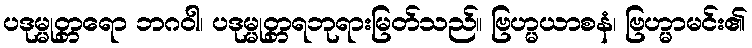
ပဒုမ္မုတ္တရော ဘဂဝါ၊ ပဒုမ္မုတ္တရဘုရားမြတ်သည်။ ဗြဟ္မယာစနံ၊ ဗြဟ္မာမင်း၏